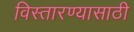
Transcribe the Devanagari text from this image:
विस्तारण्यासाठी